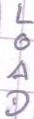
Text: LOAD